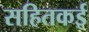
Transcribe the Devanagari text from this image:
सहितकई